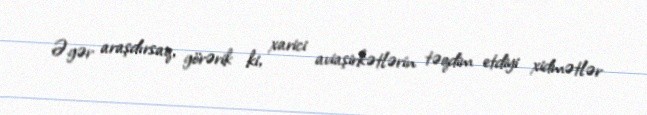
Əgər araşdırsaq, görərik ki, xarici aviaşirkətlərin təqdim etdiyi xidmətlər